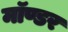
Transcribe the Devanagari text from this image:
मॉण्डर